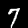
Label: 7